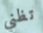
تظني